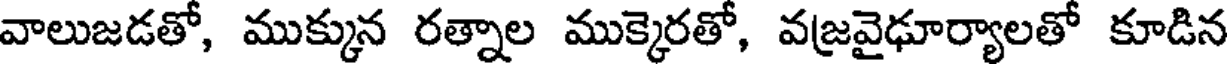
వాలుజడతో, ముక్కున రత్నాల ముక్కెరతో, వజవైఢూర్యాలతో కూడిన